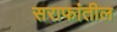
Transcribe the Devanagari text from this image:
सराफांतील